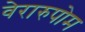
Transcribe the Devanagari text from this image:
वेरारुपोम